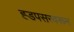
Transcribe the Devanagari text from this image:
ह्डपसरवरून